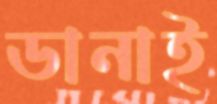
ডানাই